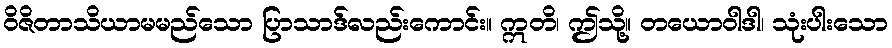
ဝိဇိတာသိယာမမည်သော ပြာသာဒ်လည်းကောင်း။ ဣတိ၊ ဤသို့။ တယောဝါဒါ၊ သုံးပါးသော